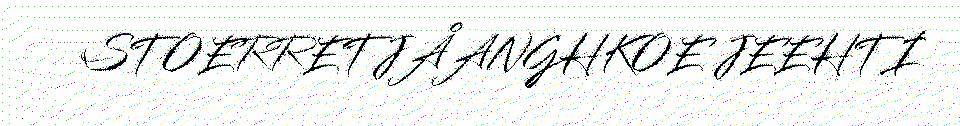
STOERRETJÅANGHKOE JEEHTI